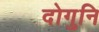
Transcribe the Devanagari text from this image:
दोगुनि